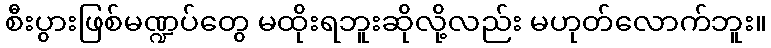
စီးပွားဖြစ်မဏ္ဍပ်တွေ မထိုးရဘူးဆိုလို့လည်း မဟုတ်လောက်ဘူး။